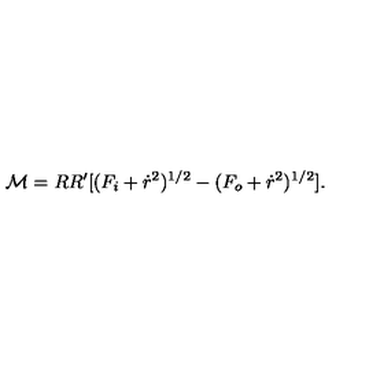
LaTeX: { \cal M } = R R ^ { \prime } [ ( F _ { i } + \dot { r } ^ { 2 } ) ^ { 1 / 2 } - ( F _ { o } + \dot { r } ^ { 2 } ) ^ { 1 / 2 } ] .